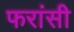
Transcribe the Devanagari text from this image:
फरांसी